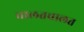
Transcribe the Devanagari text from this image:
चालतचालत